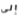
إلى